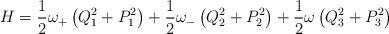
LaTeX: \begin{align*}H=\frac{1}{2}\omega_+\left( Q_1^2 + P_1^2\right) + \frac{1}{2} \omega_-\left( Q_2^2 + P_2^2\right)+\frac{1}{2}\omega\left( Q_3^2 + P_3^2\right)\end{align*}